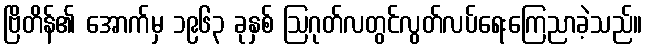
ဗြိတိန်၏ အောက်မှ ၁၉၆၃ ခုနှစ် ဩဂုတ်လတွင်လွတ်လပ်ရေးကြေညာခဲ့သည်။